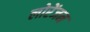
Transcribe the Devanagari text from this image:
लोरेंजन